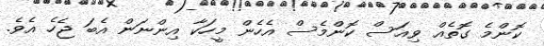
ކޮންމެ ގޮތެއް ވިއަސް ކޮންމެސް އެހެން މީހަކާ އިންނަން އެބަ ޖެހެ އެވެ.